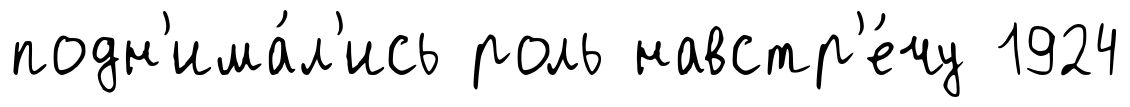
подн'има́л'ись роль навстр'е́чу 1924